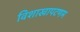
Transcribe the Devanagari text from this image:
विशाखापटणम